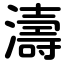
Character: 濤